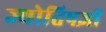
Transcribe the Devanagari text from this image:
ज्योतिषज्ञों